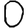
Digit: 0